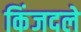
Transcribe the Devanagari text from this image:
किंजदले